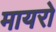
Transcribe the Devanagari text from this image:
मायरो